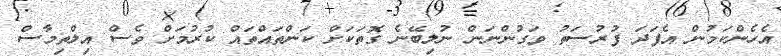
އެހެންކަމުން އެފަދަ ފުރުސަތު ވަގުންނަން ނުލިބޭނެ ގޮތަކަށް ކަންތައްތައް ކުރުމަށް ވެސް އިލްތިމާސް